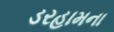
ડરહામના